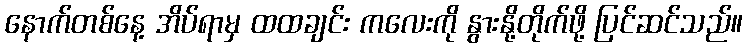
နောက်တစ်နေ့ အိပ်ရာမှ ထထချင်း ကလေးကို နွားနို့တိုက်ဖို့ ပြင်ဆင်သည်။